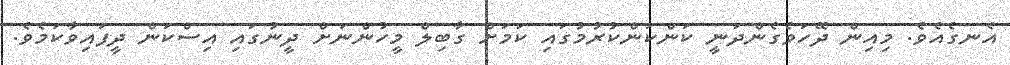
އެނގެއެވެ. މިއިން ދޭހަވެގެންދަނީ ކަންކަންކުރުމުގައި ކަމަށް ގާބިލް މީހުންނަށް ދީނުގައި އިސްކަން ދީފައިވާކަމެވެ.